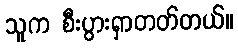
သူက စီးပွားရှာတတ်တယ်။